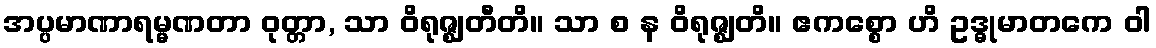
အပ္ပမာဏာရမ္မဏတာ ဝုတ္တာ, သာ ဝိရုဇ္ဈတီတိ။ သာ စ န ဝိရုဇ္ဈတိ။ ဧကစ္စော ဟိ ဥဒ္ဓုမာတကေ ဝါ